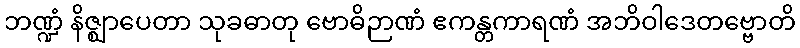
ဘဏ္ဍံ နိဇ္ဈာပေတာ သုခဓာတု ဗောဓိဉာဏံ ဧကန္တကာရဏံ အဘိဝါဒေတဗ္ဗောတိ